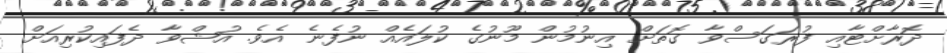
ދޮރާށްޓާއި ފުރަގަސްވާ ގޮތަށް އިނުމުން މޫނުގެ ކުލައެއް ނުފެނެ އެވެ. އުޝްވާ ދެފައިކުރިއަށް